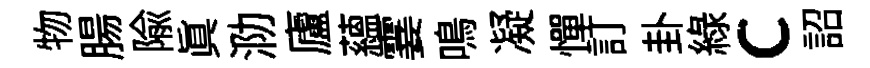
物腸隃真泐廬蘊霎鳴凝憚訂卦緑c詔